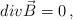
LaTeX: \begin{align*}div \vec{B}=0 \, , \end{align*}